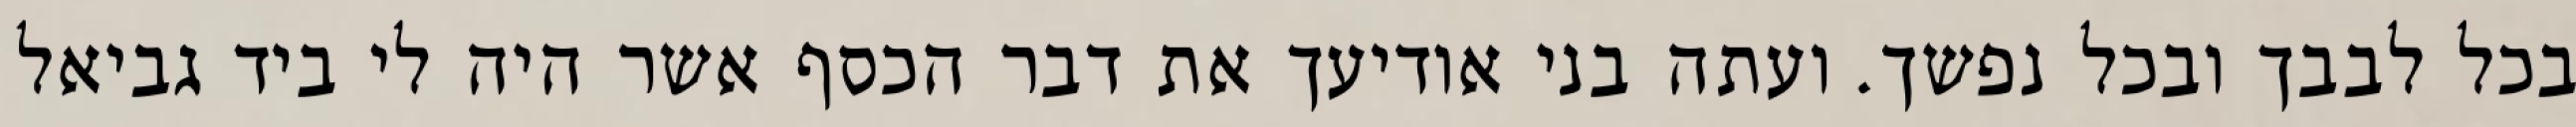
בכל לבבך ובכל נפשך. ועתה בני אודיעך את דבר הכסף אשר היה לי ביד גביאל